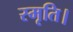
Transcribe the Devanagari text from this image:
स्मृति।